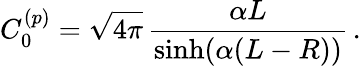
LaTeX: C_{0}^{(p)}=\sqrt{4\pi}\, \frac{\alpha L}{\sinh(\alpha(L-R))}\, .